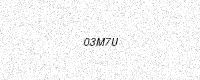
Text: 03M7U